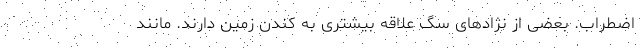
اضطراب. بعضی از نژادهای سگ علاقه بیشتری به کندن زمین دارند. مانند